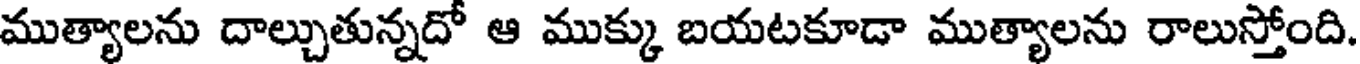
ముత్యాలను దాల్చుతున్నదో ఆ ముక్కు బయటకూడా ముత్యాలను రాలుస్తోంది